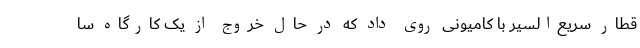
قطار سریع‌السیر با کامیونی روی داد که در حال خروج از یک کارگاه سا